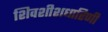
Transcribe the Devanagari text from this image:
शिवशीशधारिणी